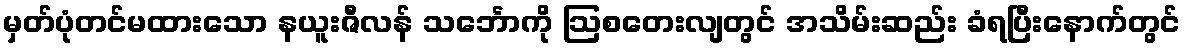
မှတ်ပုံတင်မထားသော နယူးဇီလန် သင်္ဘောကို ဩစတေးလျတွင် အသိမ်းဆည်း ခံရပြီးနောက်တွင်